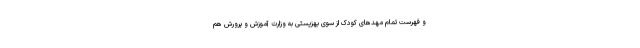
و فهرست تمام مهد‌های کودک از سوی بهزیستی به وزارت آموزش و پرورش هم